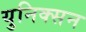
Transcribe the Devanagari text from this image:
युनिक्सन